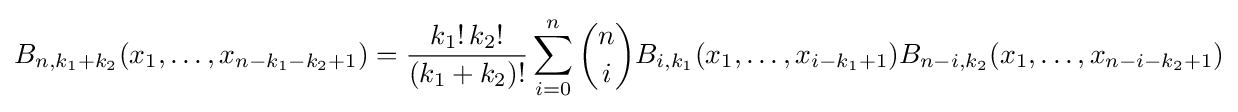
B_{n,k_{1}+k_{2}}(x_{1},\ldots ,x_{n-k_{1}-k_{2}+1})={\frac {k_{1}!\,k_{2}!}{(k_{1}+k_{2})!}}\sum _{i=0}^{n}{\binom {n}{i}}B_{i,k_{1}}(x_{1},\ldots ,x_{i-k_{1}+1})B_{n-i,k_{2}}(x_{1},\ldots ,x_{n-i-k_{2}+1})